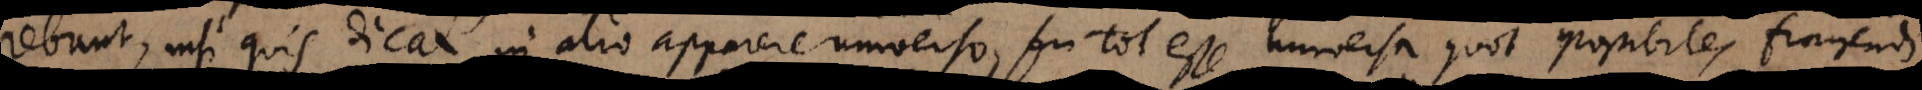
rebunt, nisi quis dicat in alio apparere universo, seu tot esse universa quot possibiles fingendi